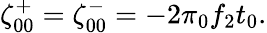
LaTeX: \zeta_{00}^{+}=\zeta_{00}^{-}=-2\pi\phantom{}_{0}f_{2}t_{0}.